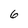
Character: 6